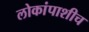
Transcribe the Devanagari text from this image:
लोकांपाशीच